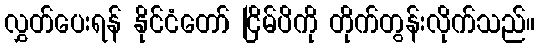
လွှတ်ပေးရန် နိုင်ငံတော် ငြိမ်ပိကို တိုက်တွန်းလိုက်သည်။